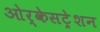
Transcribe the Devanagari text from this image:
ओर्केसट्रेशन